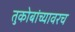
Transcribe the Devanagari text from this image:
तुकोबांच्यावरच